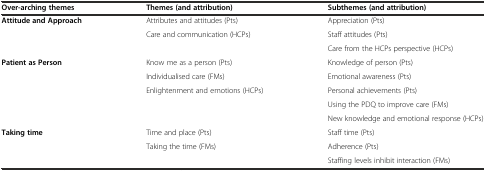
<table><thead><tr><td><b>Over-arching themes</b></td><td><b>Themes (and attribution)</b></td><td><b>Subthemes (and attribution)</b></td></tr></thead><tbody><tr><td rowspan="3"><b>Attitude and Approach</b></td><td>Attributes and attitudes (Pts)</td><td>Appreciation (Pts)</td></tr><tr><td rowspan="2">Care and communication (HCPs)</td><td>Staff attitudes (Pts)</td></tr><tr><td>Care from the HCPs perspective (HCPs)</td></tr><tr><td rowspan="5"><b>Patient as Person</b></td><td>Know me as a person (Pts)</td><td>Knowledge of person (Pts)</td></tr><tr><td>Individualised care (FMs)</td><td>Emotional awareness (Pts)</td></tr><tr><td rowspan="3">Enlightenment and emotions (HCPs)</td><td>Personal achievements (Pts)</td></tr><tr><td>Using the PDQ to improve care (FMs)</td></tr><tr><td>New knowledge and emotional response (HCPs)</td></tr><tr><td rowspan="3"><b>Taking time</b></td><td>Time and place (Pts)</td><td>Staff time (Pts)</td></tr><tr><td rowspan="2">Taking the time (FMs)</td><td>Adherence (Pts)</td></tr><tr><td>Staffing levels inhibit interaction (FMs)</td></tr></tbody></table>